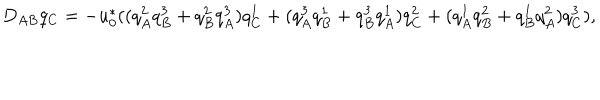
D _ { A B } q _ { C } = - u _ { 0 } ^ { * } ( ( q _ { A } ^ { 2 } q _ { B } ^ { 3 } + q _ { B } ^ { 2 } q _ { A } ^ { 3 } ) q _ { C } ^ { 1 } + ( q _ { A } ^ { 3 } q _ { B } ^ { 1 } + q _ { B } ^ { 3 } q _ { A } ^ { 1 } ) q _ { C } ^ { 2 } + ( q _ { A } ^ { 1 } q _ { B } ^ { 2 } + q _ { B } ^ { 1 } q _ { A } ^ { 2 } ) q _ { C } ^ { 3 } ) ,